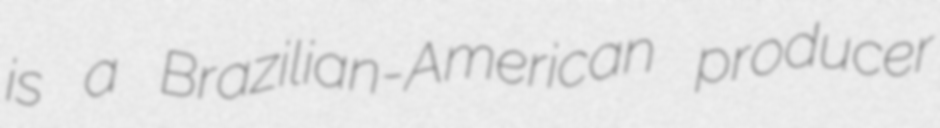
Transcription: is a Brazilian-American producer